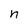
Character: n